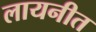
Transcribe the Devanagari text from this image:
लायनीत